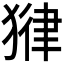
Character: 𪻃